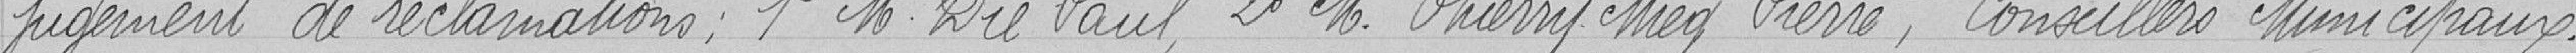
jugement de réclamations : 1° M. Dié Paul, 2° M. Thierry Mieg Pierre, Conseillers Municipaux.